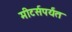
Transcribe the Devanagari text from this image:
मीटर्सपर्यंत